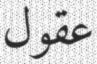
عقول